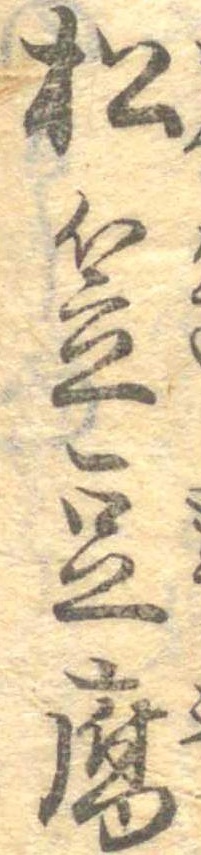
松笠豆腐